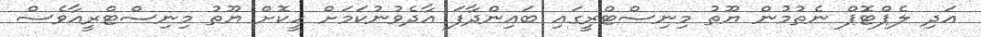
އަދި ލެޕްޓޮޕް ނެތުމުން ޔޫތު މިނިސްޓްރީގައި ބައިންދާފަ އާދެވުނުކަމަށް ހީކޮށް ޔޫތު މިނިސްޓްރީއާވެސް